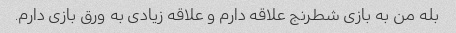
بله من به بازی شطرنج علاقه دارم و علاقه زیادی به ورق بازی دارم.